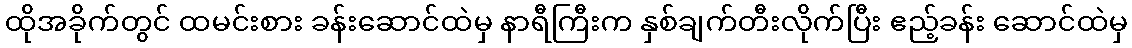
ထိုအခိုက်တွင် ထမင်းစား ခန်းဆောင်ထဲမှ နာရီကြီးက နှစ်ချက်တီးလိုက်ပြီး ဧည့်ခန်း ဆောင်ထဲမှ